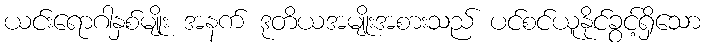
ယင်းရောဂါနှစ်မျိုး အနက် ဒုတိယအမျိုးအစားသည် ပင်စင်ယူနိုင်ခွင့်ရှိသော